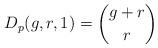
LaTeX: \begin{align*}D_{p}(g,r,1)=\binom{g+r}{r}\end{align*}